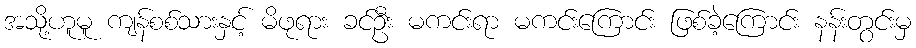
အသို့ဟူမူ ကျန်စစ်သားနှင့် မိဖုရား ခင်ဦး မကင်းရာ မကင်းကြောင်း ဖြစ်ခဲ့ကြောင်း နန်းတွင်းမှ